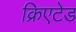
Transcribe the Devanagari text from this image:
क्रिएटेड